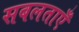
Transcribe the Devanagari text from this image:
सबलताएँ